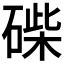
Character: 𥓽